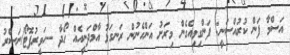
އަސްމާ ފަން ކުރުއްސަނީ: ފަންގިވިއެގެން މިރަށު އަންހެނުން ރަނގަޅު އާމްދަނީއެއް ހޯދާ --ހަވީރުފޮޓޯ/ނަސްރު